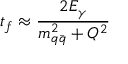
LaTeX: t _ { f } \approx \frac { 2 E _ { \gamma } } { m _ { q \bar { q } } ^ { 2 } + Q ^ { 2 } }